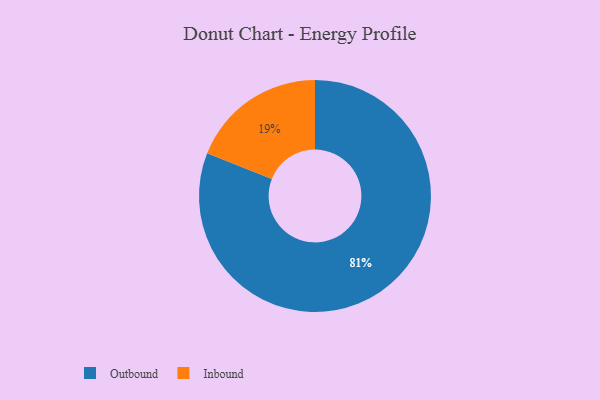
{"axis": {"x": "Category", "y": "Percentage"}, "legend": ["Inbound", "Outbound"], "data": [{"x": "Inbound", "y": 19, "type": "Inbound"}, {"x": "Outbound", "y": 81, "type": "Outbound"}]}